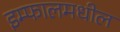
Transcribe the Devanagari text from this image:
इम्फालमधील